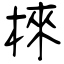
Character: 棶